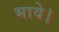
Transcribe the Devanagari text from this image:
भावे।